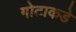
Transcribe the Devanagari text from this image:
गोटाकडे